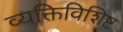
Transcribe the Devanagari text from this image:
व्यक्तिविशिष्ट